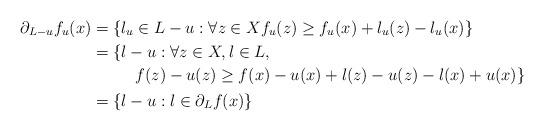
LaTeX: \begin{align*} \partial_{L-u} f_u(x) &= \{l_u\in L-u: \forall z\in X f_u(z)\geq f_u(x) + l_u(z) - l_u(x)\} \\ &= \{\begin{multlined}[t]l-u: \forall z\in X, l\in L,\\f(z) - u(z)\geq f(x) -u(x) + l(z) - u(z) -l(x) + u(x) \}\end{multlined}\\ &= \{l-u:l\in\partial_L f(x)\} \end{align*}